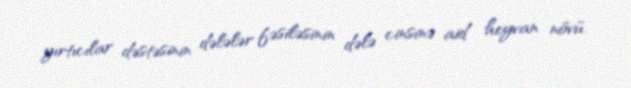
yırtıcılar dəstəsinin dələlər fəsiləsinin dələ cinsinə aid heyvan növü.